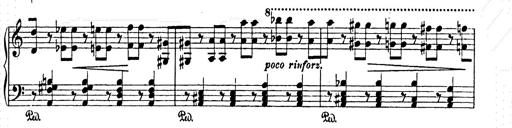
Title: AnnÃ©es de pÃ¨lerinage II
Composer: Franz Liszt